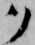
ク